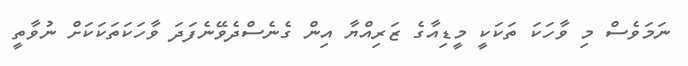
ނަމަވެސް މި ވާހަކަ ތަކަކީ މީޑިއާގެ ޒަރިއްޔާ އިން ގެނެސްދެވޭނެފަދަ ވާހަކަތަކަކަށް ނުވާތީ